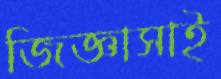
জিজ্ঞাসাই